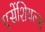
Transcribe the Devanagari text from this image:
एसेंशियल्स